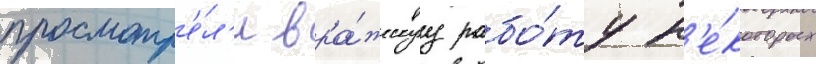
просмотр'е́л'и вра́жескуу рабо́ту н'е́которых